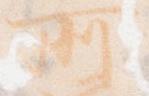
所